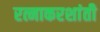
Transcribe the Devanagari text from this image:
रत्नाकरशांती